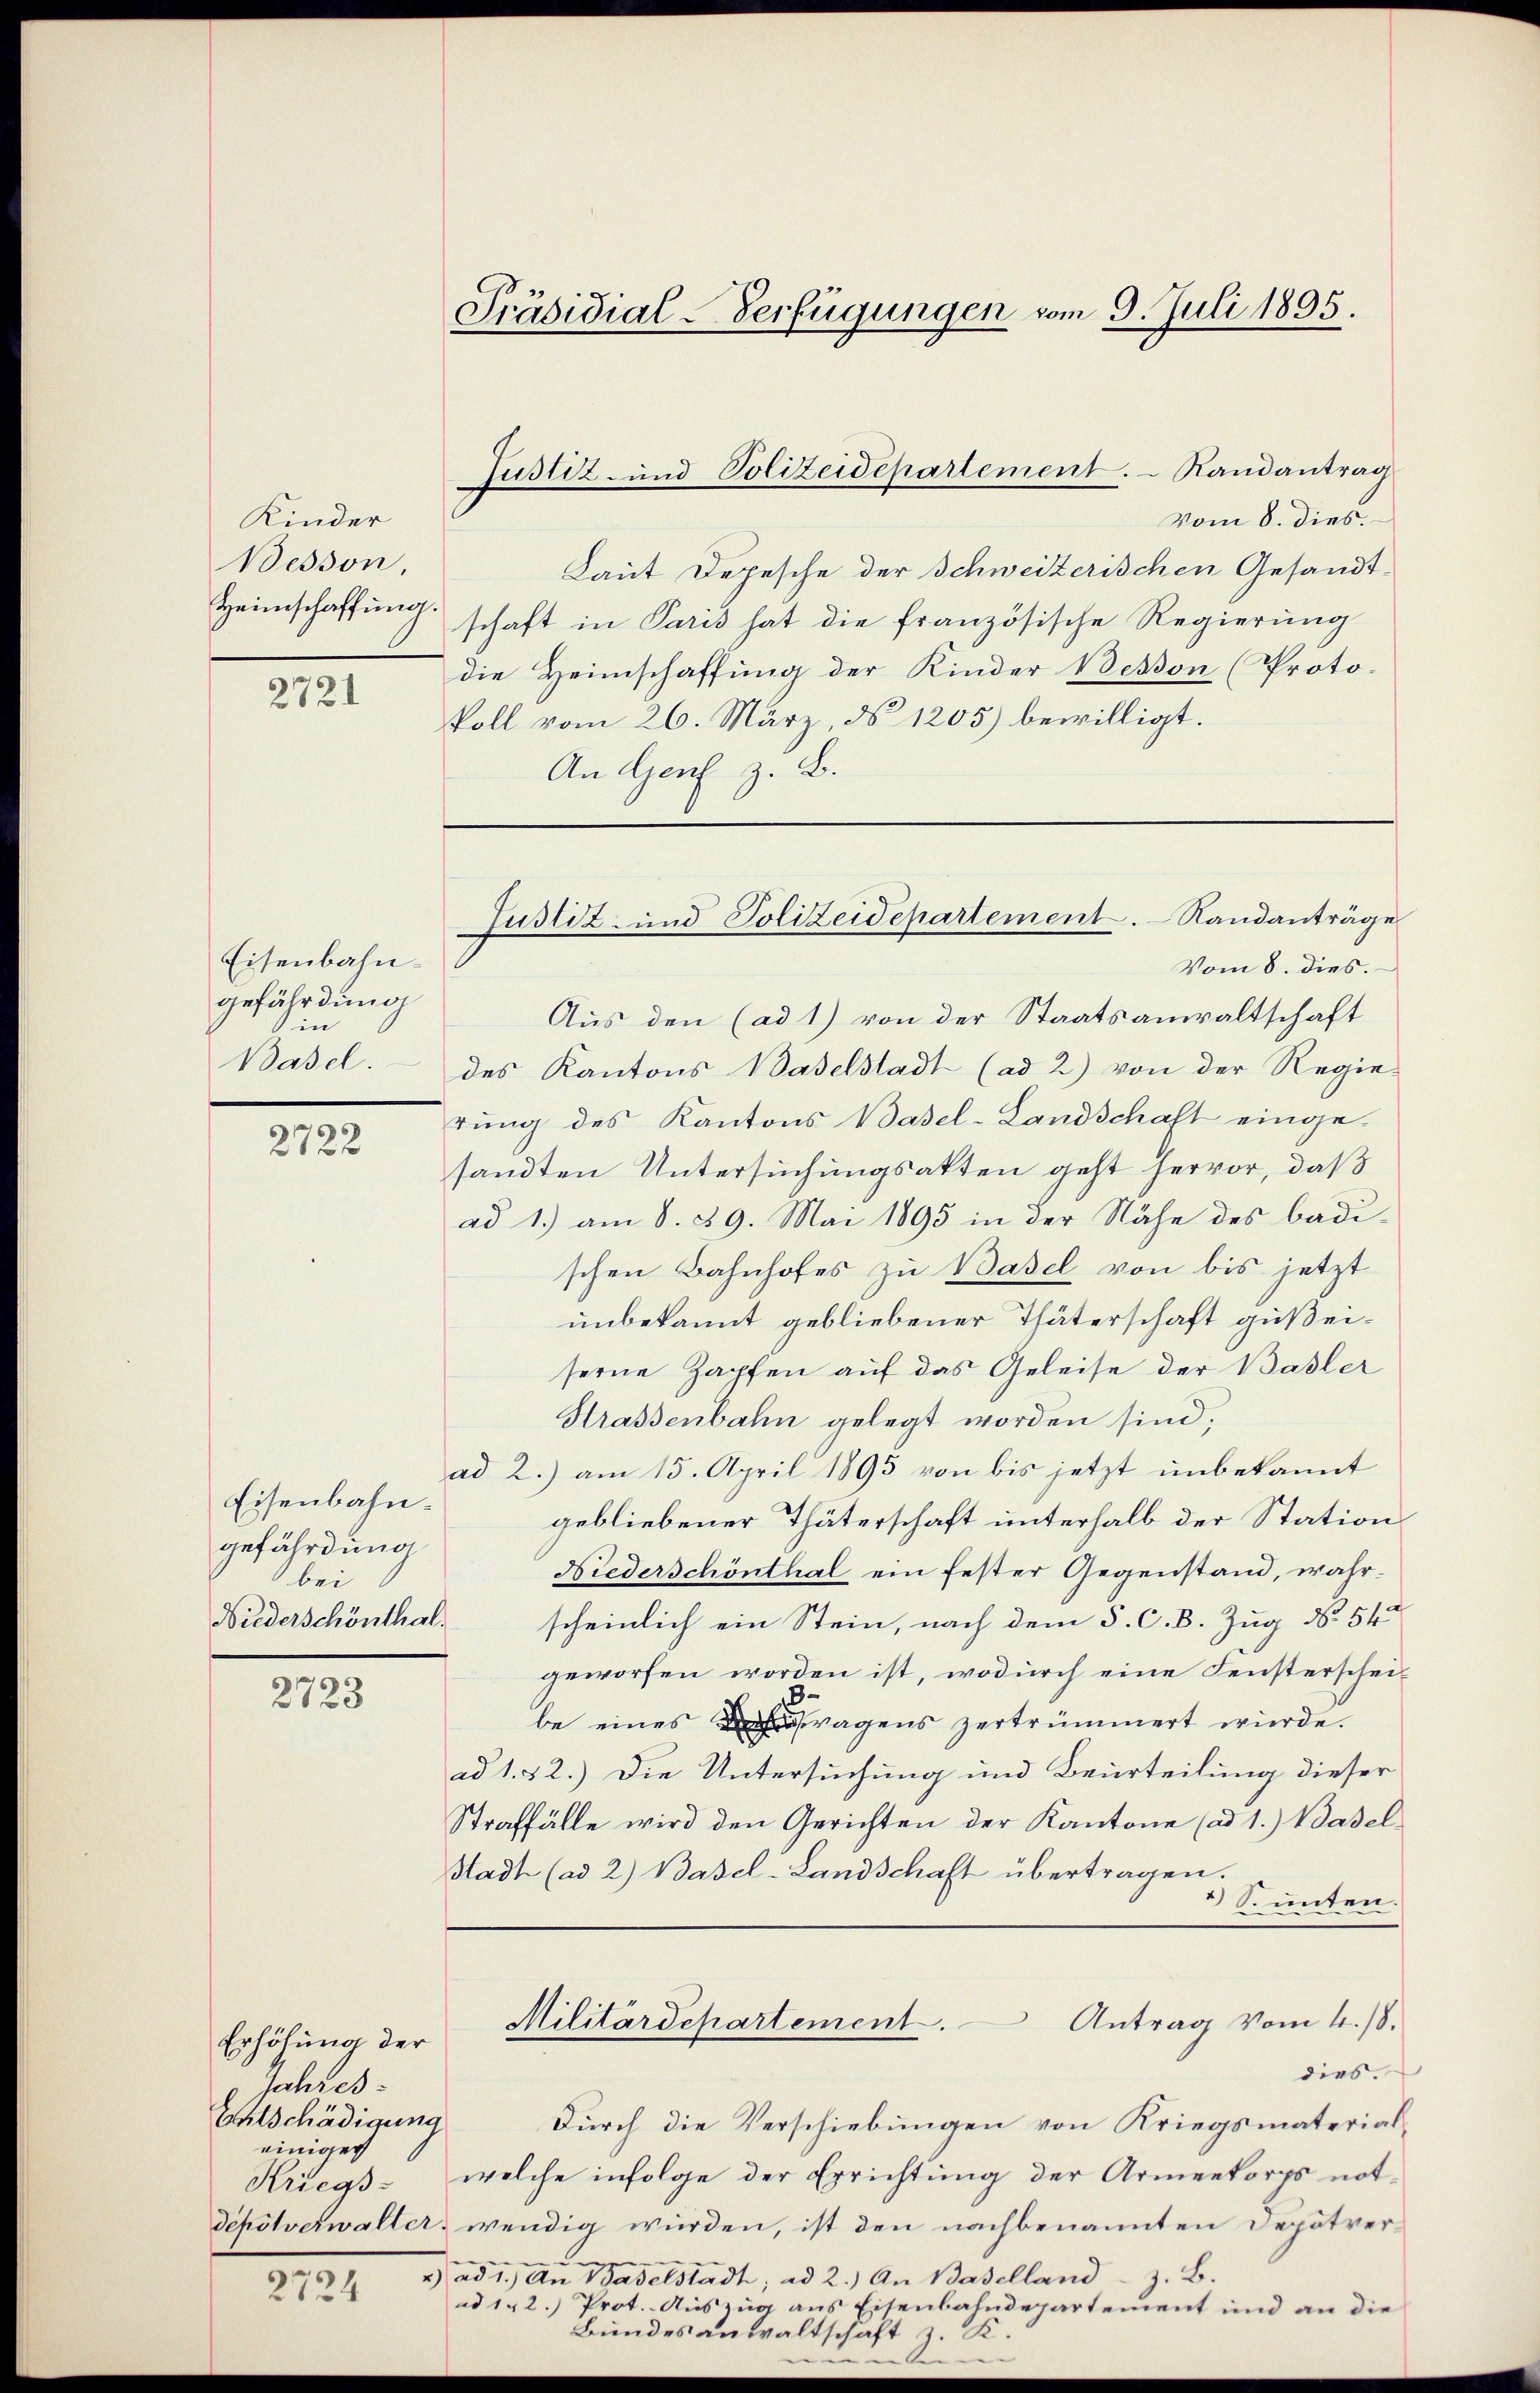
Kinder
Besson,
Heimschaffung.

2721

Eisenbahn-
gefährdung
in
Basel.

2722

Eisenbahngefährdung
bei
Wiederschönthal.

2723

Erhöhung der
Jahres¬
Entschädigung
einiger
2724

Präsidial-Verfügungen vom 9. Juli 1895.

Justiz- und Polizeidepartement. Randantrag

vom 8. dies
Laut Depesche der Schweizerischen Gesandt-
schaft in Paris hat die französische Regierung
die Heimschaffung der Kinder Besson (Proto-
koll vom 26. März, ds 1205) bewilligt.
An Genf z. B.

Justiz- und Polizeidepartement. Randanträge

Vom 8. dies.
Aus den (ad 1) von der Staatsanwaltschaft
des Kantons Baselstadt (ad 2) von der Regie-
rŭng des Kantons Basel-Landschaft einge-
sandten Untersuchungsakten geht hervor, daß
ad 1.) am 8. 29. Mai 1895 in der Nähe des badi-
schen Bahnhofes zu Basel von bis jetzt
unbekannt gebliebener Thäterschaft gußeiserne Zapfen auf das Geleise der Basler
Strassenbahn gelegt worden sind;
ad 2.) am 15. April 1893 von bis jetzt unbekannt
gebliebener Thäterschaft unterhalb der Station
Niederschönthal ein fester Gegenstand, wahrscheinlich ein Stein, nach dem §. C. B. Zug No 54
geworfen worden ist, wodurch eine Fensterschei¬
.
be eines fragens zertrümmert wurde.
ad 1. 82.) Die Untersuchung und Beurteilung dieser
Straffälle wird den Gerichten der Kantone (ad 1.) Basel
Stadt (ad 2) Basel-Landschaft übertragen.
3 S. unten.
Militärdepartement. Antrag vom 4./8.
dies.
Durch die Verschiebungen von Kriegsmaterial¬
Kriegs- welche infolge der Errichtung der Armenkorps not-
depotverwalter, wendig würden, ist den nachbenannten Deputver¬
) ad 1.) An Baselstadt, ad 2.) An Baselland z. B.
ad 1. 2.) Prot. Auszug aus Eisenbahndepartement und an die
Bundesanwaltschaft z. R.